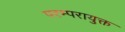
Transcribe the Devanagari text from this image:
परम्परायुक्त